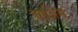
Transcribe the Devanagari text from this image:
आशिम